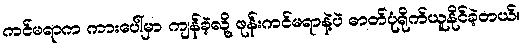
ကင်မရာက ကားပေါ်မှာ ကျန်ခဲ့လို့ ဖုန်းကင်မရာနဲ့ပဲ ဓာတ်ပုံရိုက်ယူနိုင်ခဲ့တယ်။